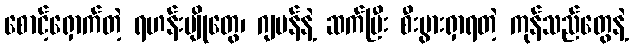
စောင့်ရှောက်တဲ့ ရဟန်းပျိုတွေ၊ ဂျပန်နဲ့ ဆက်ပြီး စီးပွားရှာရတဲ့ ကုန်သည်တွေနဲ့